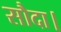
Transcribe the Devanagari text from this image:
सौदा।